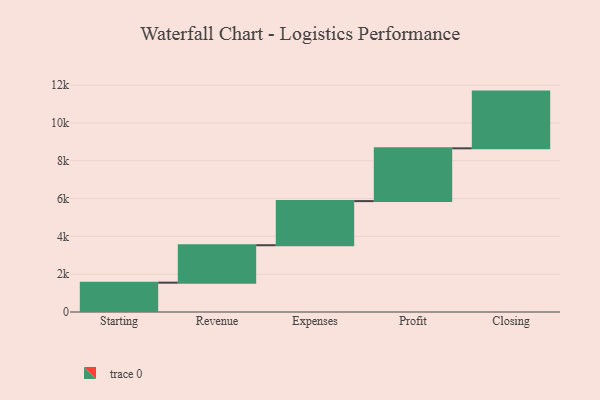
{"axis": {"x": "Step", "y": "Value"}, "legend": [""], "data": [{"x": "Starting", "y": 1552.0, "type": ""}, {"x": "Revenue", "y": 1980.0, "type": ""}, {"x": "Expenses", "y": 2334.0, "type": ""}, {"x": "Profit", "y": 2792.0, "type": ""}, {"x": "Closing", "y": 3000, "type": ""}]}